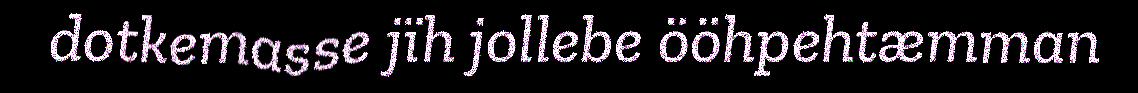
dotkemasse jïh jollebe ööhpehtæmman